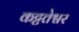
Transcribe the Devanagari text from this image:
कट्टत्तेश्वर